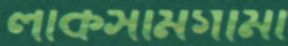
লাকসামগামী